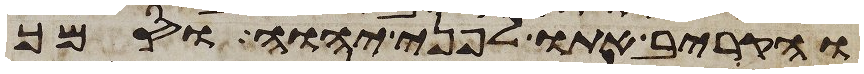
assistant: והקריב אתו לפני יהוה וסמך